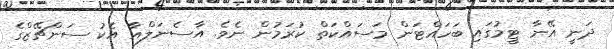
ދަނީ އޭނާ ޓީމުގައި ބަހައްޓަން މަސައްކަތް ކުރަމުން ނެވެ. އާސެނަލްއާ އެކު ސަންޗޭޒްގެ